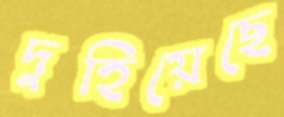
দুহিয়েছে